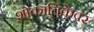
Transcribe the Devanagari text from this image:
शोकांतिकेवर